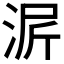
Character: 𬇳